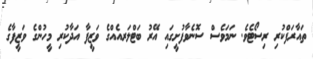
ތައާރަފްކުރި ރިސޯޓެވެ. ނަމަވެސް ސޮނެވާފުށީގައި އޭރު ބަޓްލަރއެއްގެ ވަޒީފާ އަދާކުރި މީހުންގެ ވަޒީފާގެ